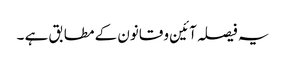
یہ فیصلہ آئین و قانون کے مطابق ہے ۔